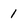
Character: 1